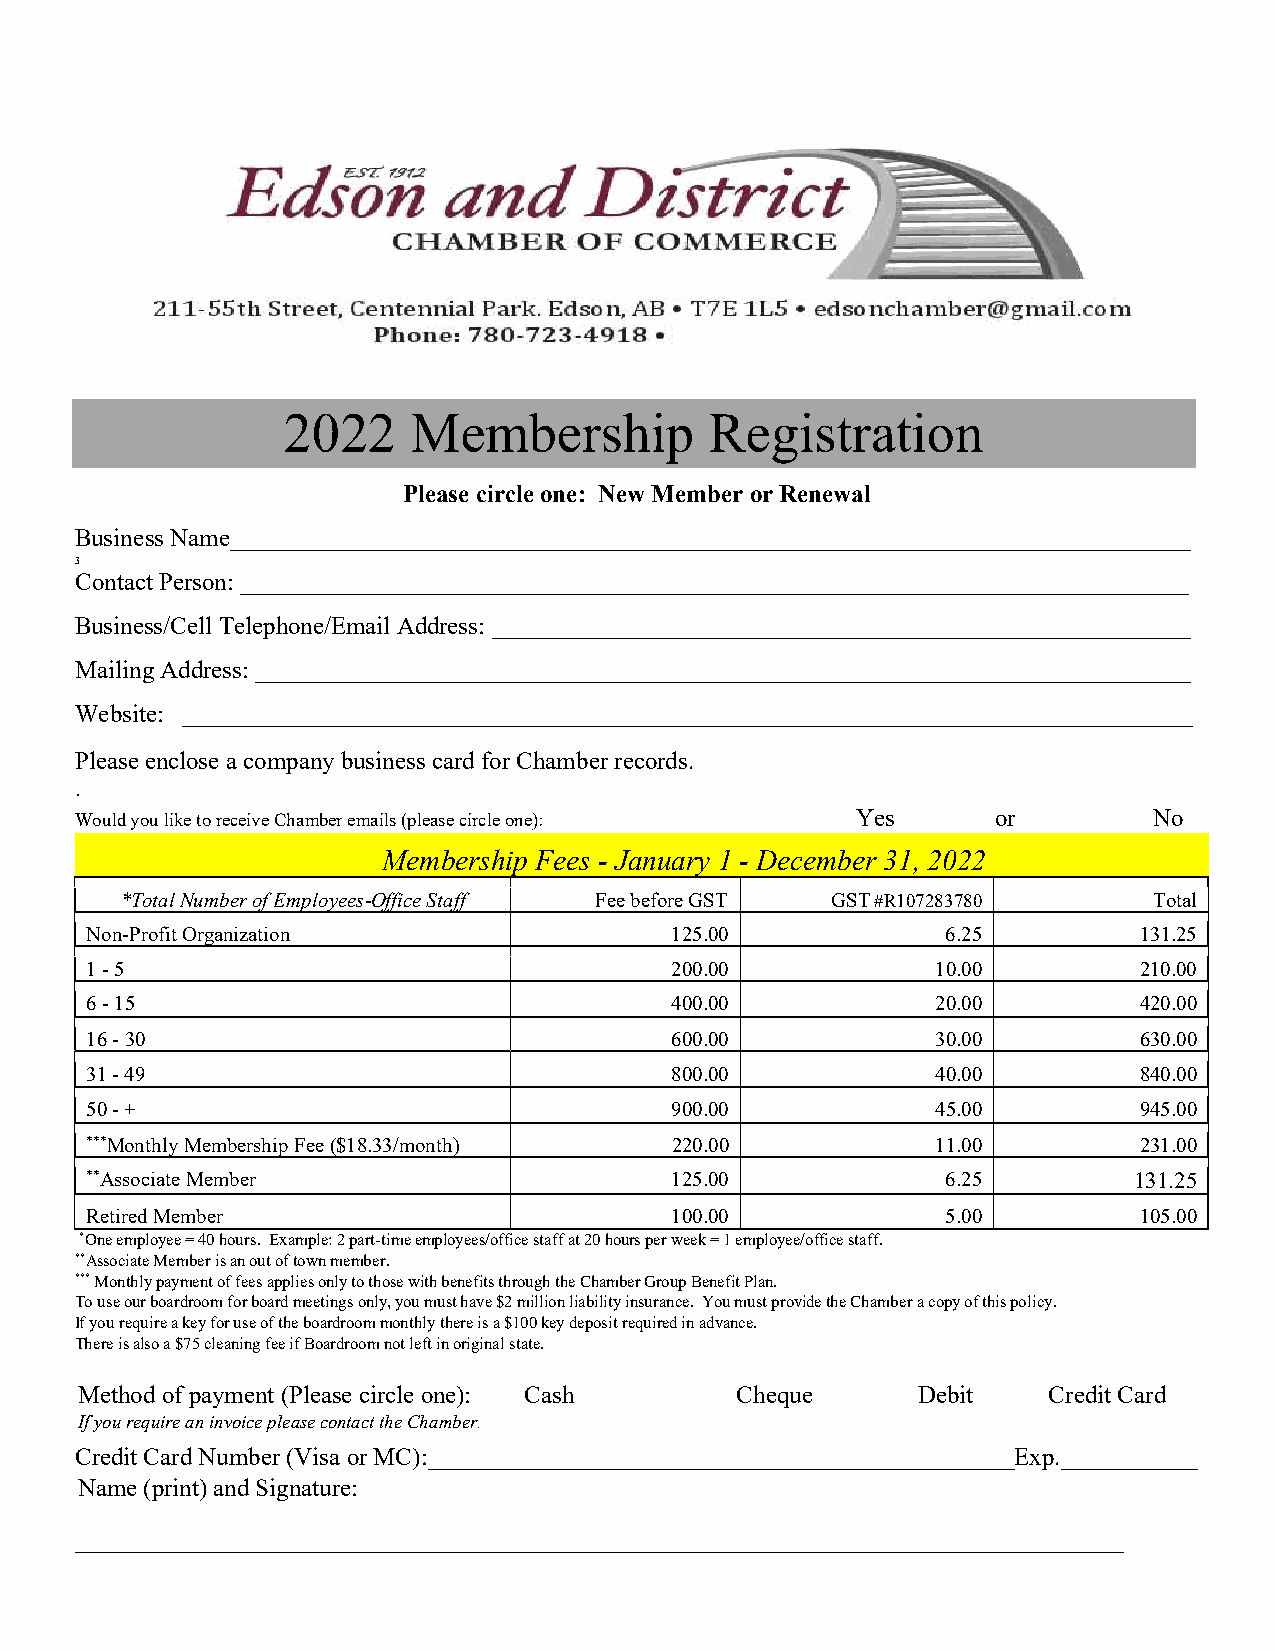
2022    Membership          Registration
 Please circle one: New Member or Renewal
 Business Name_____________________________________________________________________________
 3
 Contact Person: ____________________________________________________________________________
 Business/Cell Telephone/Email Address: ________________________________________________________
 Mailing Address: ___________________________________________________________________________
 Website: _________________________________________________________________________________
 Please enclose a company business card for Chamber records.
 .
 Would you like to receive Chamber emails (please circle one): Yes or   No
 Membership Fees - January 1 - December 31, 2022
 *Total Number of Employees-Office Staff Fee before GST GST #R107283780 Total
 Non-Profit Organization               125.00             6.25        131.25
 1 - 5                                 200.00            10.00        210.00
 6 - 15                                400.00            20.00        420.00
 16 - 30                               600.00            30.00        630.00
 31 - 49                               800.00            40.00        840.00
 50 - +                                900.00            45.00        945.00
 ***Monthly Membership Fee ($18.33/month) 220.00         11.00        231.00
 **Associate Member                    125.00             6.25        131.25
 Retired Member                        100.00             5.00        105.00
 *One employee = 40 hours. Example: 2 part-time employees/office staff at 20 hours per week = 1 employee/office staff.
 **Associate Member is an out of town member.
 *** Monthly payment of fees applies only to those with benefits through the Chamber Group Benefit Plan.
 To use our boardroom for board meetings only, you must have $2 million liability insurance. You must provide the Chamber a copy of this policy.
 If you require a key for use of the boardroom monthly there is a $100 key deposit required in advance.
 There is also a $75 cleaning fee if Boardroom not left in original state.
 Method of payment (Please circle one): Cash Cheque      Debit   Credit Card
 If you require an invoice please contact the Chamber.
 Credit Card Number (Visa or MC):_______________________________________________Exp.___________
 Name (print) and Signature:
 ____________________________________________________________________________________